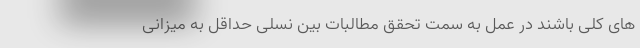
های کلی باشند در عمل به سمت تحقق مطالبات بین نسلی حداقل به میزانی